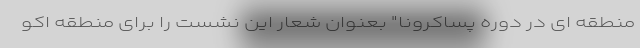
منطقه ای در دوره پساکرونا" بعنوان شعار این نشست را برای منطقه اکو